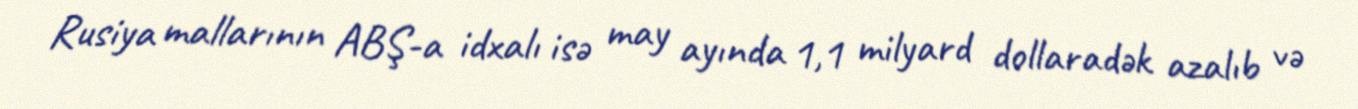
Rusiya mallarının ABŞ-a idxalı isə may ayında 1,1 milyard dollaradək azalıb və